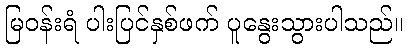
မြဝန်းရံ ပါးပြင်နှစ်ဖက် ပူနွေးသွားပါသည်။